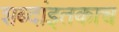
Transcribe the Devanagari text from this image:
शब्दांइतकाच